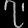
Digit: ၇